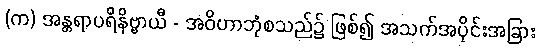
(က) အန္တရာပရိနိဗ္ဗာယီ - အဝိဟာဘုံစသည်၌ ဖြစ်၍ အသက်အပိုင်းအခြား